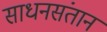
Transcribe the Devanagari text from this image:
साधनसंतान